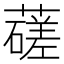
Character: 䕢